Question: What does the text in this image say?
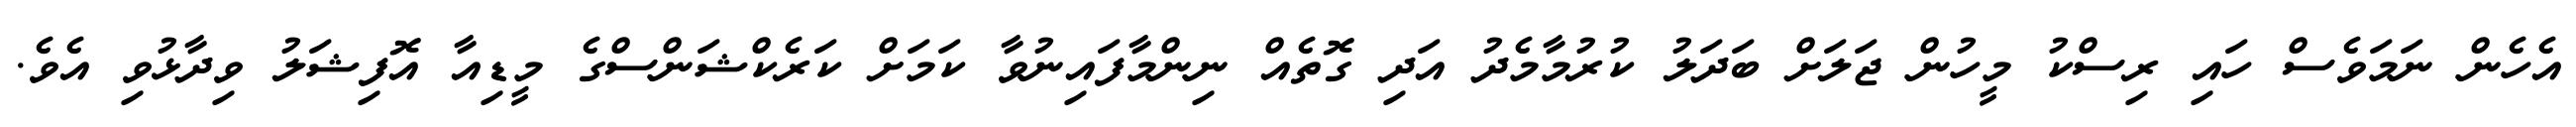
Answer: އެހެން ނަމަވެސް ހައި ރިސްކު މީހުން ޖަލަށް ބަދަލު ކުރުމާމެދު އަދި ގޮތެއް ނިންމާފައިނުވާ ކަމަށް ކަރެކްޝަންސްގެ މީޑިއާ އޮފިޝަލު ވިދާޅުވި އެވެ.